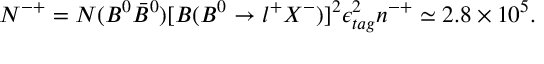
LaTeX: N ^ { - + } = N ( B ^ { 0 } \bar { B } ^ { 0 } ) [ B ( B ^ { 0 } \to l ^ { + } X ^ { - } ) ] ^ { 2 } \epsilon _ { t a g } ^ { 2 } n ^ { - + } \simeq 2 . 8 \times 1 0 ^ { 5 } .